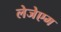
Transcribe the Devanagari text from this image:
लेजेएम